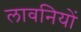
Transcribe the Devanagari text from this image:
लावनियों